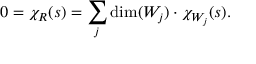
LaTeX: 0 = \chi _ { R } ( s ) = \sum _ { j } \dim ( W _ { j } ) \cdot \chi _ { W _ { j } } ( s ) .